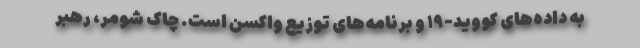
به داده‌های کووید-۱۹ و برنامه‌های توزیع واکسن است. چاک شومر، رهبر